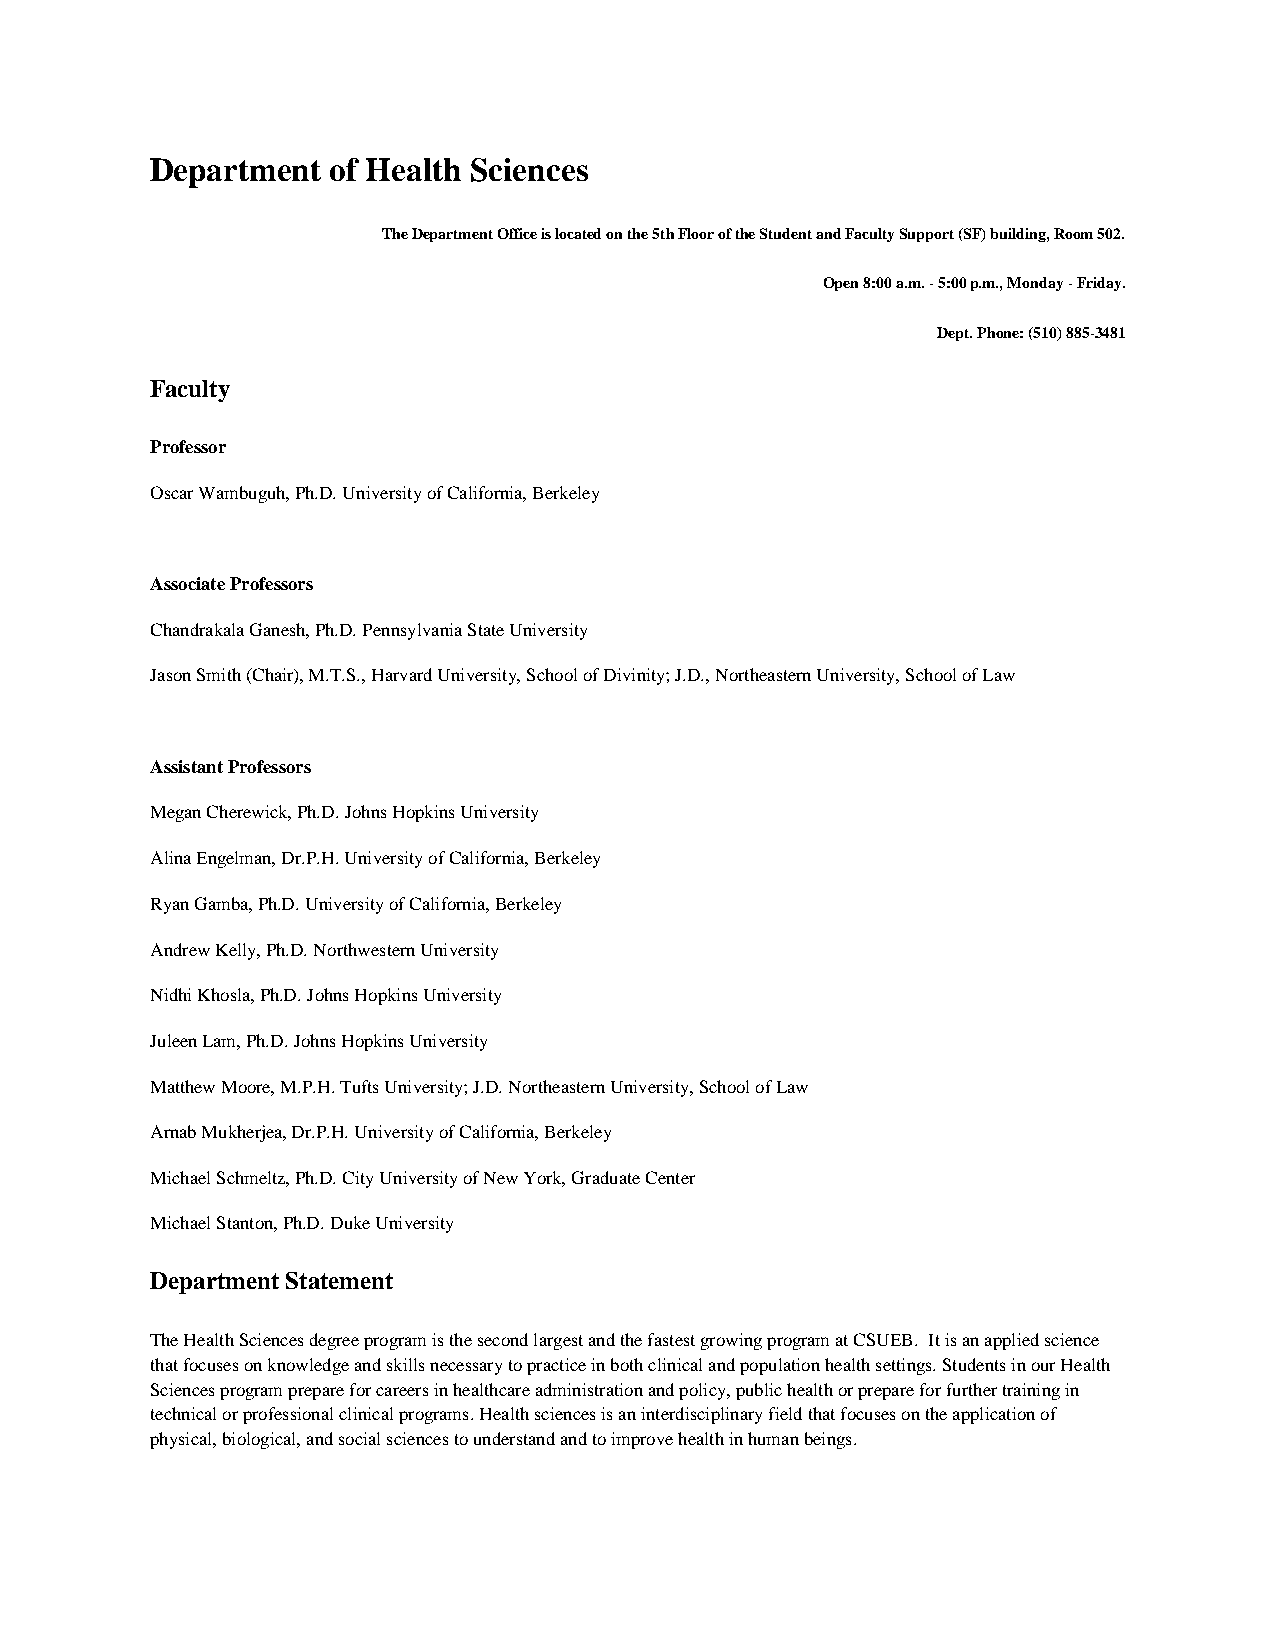
Department  of Health Sciences
 The Department Office is located on the 5th Floor of the Student and Faculty Support (SF) building, Room 502.
 Open 8:00 a.m. - 5:00 p.m., Monday - Friday.
 Dept. Phone: (510) 885-3481
 Faculty
 Professor
 Oscar Wambuguh, Ph.D. University of California, Berkeley
 Associate Professors
 Chandrakala Ganesh, Ph.D. Pennsylvania State University
 Jason Smith (Chair), M.T.S., Harvard University, School of Divinity; J.D., Northeastern University, School of Law
 Assistant Professors
 Megan Cherewick, Ph.D. Johns Hopkins University
 Alina Engelman, Dr.P.H. University of California, Berkeley
 Ryan Gamba, Ph.D. University of California, Berkeley
 Andrew Kelly, Ph.D. Northwestern University
 Nidhi Khosla, Ph.D. Johns Hopkins University
 Juleen Lam, Ph.D. Johns Hopkins University
 Matthew Moore, M.P.H. Tufts University; J.D. Northeastern University, School of Law
 Arnab Mukherjea, Dr.P.H. University of California, Berkeley
 Michael Schmeltz, Ph.D. City University of New York, Graduate Center
 Michael Stanton, Ph.D. Duke University
 Department Statement
 The Health Sciences degree program is the second largest and the fastest growing program at CSUEB. It is an applied science
 that focuses on knowledge and skills necessary to practice in both clinical and population health settings. Students in our Health
 Sciences program prepare for careers in healthcare administration and policy, public health or prepare for further training in
 technical or professional clinical programs. Health sciences is an interdisciplinary field that focuses on the application of
 physical, biological, and social sciences to understand and to improve health in human beings.